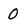
Character: 0